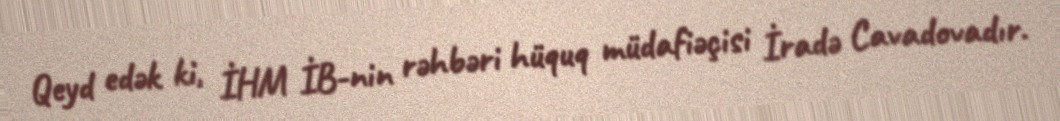
Qeyd edək ki, İHM İB-nin rəhbəri hüquq müdafiəçisi İradə Cavadovadır.